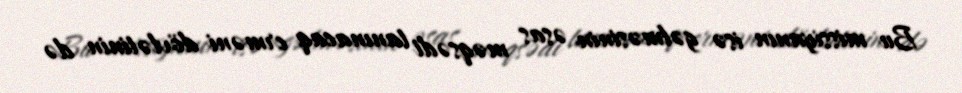
Bu missiyanın isə gəlməsinin əsas məqsədi tanınacaq erməni dövlətinin də